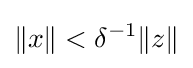
\|x\|<\delta ^{-1}\|z\|